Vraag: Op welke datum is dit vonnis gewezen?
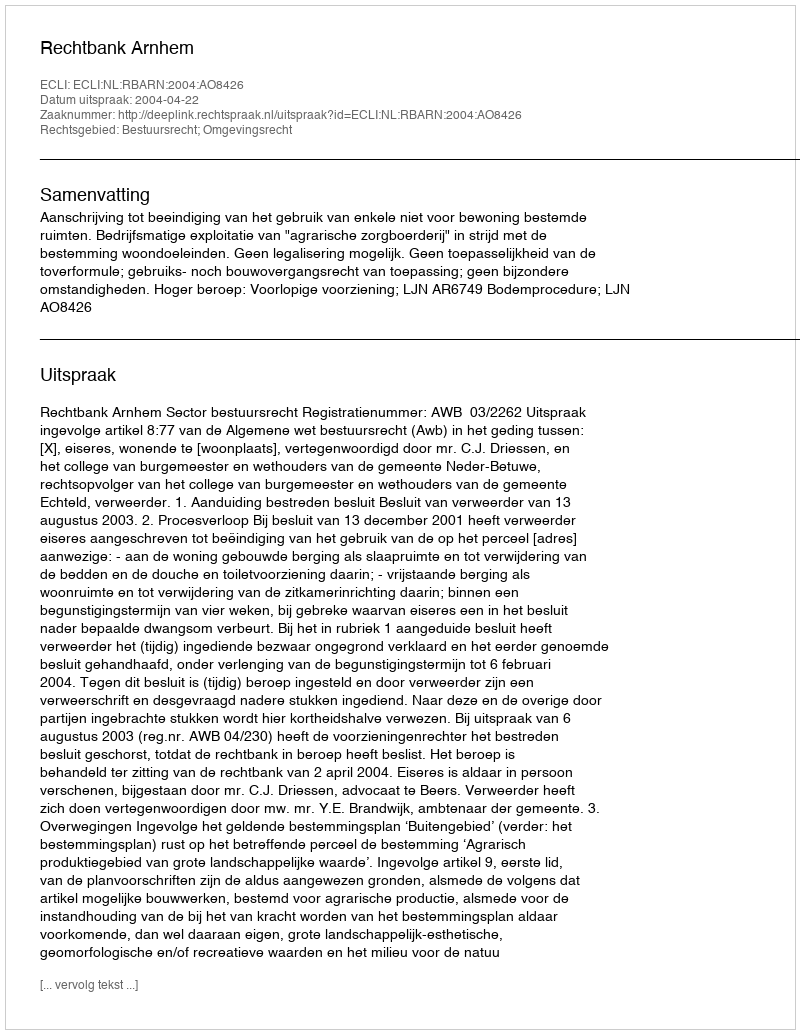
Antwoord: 2004-04-22